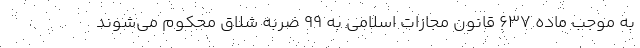
به موجب ماده ۶۳۷ قانون مجازات اسلامی به ۹۹ ضربه شلاق محکوم می‌شوند